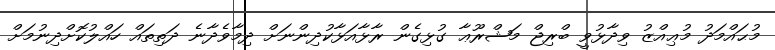
މުޙައްމަދު މުޢިއްޒު ވިދާޅުވީ ބްރިޖް މަޝްރޫޢާ ގުޅިގެން ރާޅާއަޅާކުދިންނަށް ދިމާވެދާނެ ދަތިތައް ހައްލުކޮށްދިނުމަށް